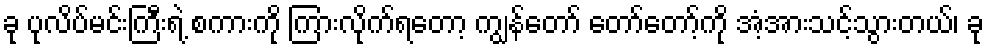
ခု ပုလိပ်မင်းကြီးရဲ့ စကားကို ကြားလိုက်ရတော့ ကျွန်တော် တော်တော့်ကို အံ့အားသင့်သွားတယ်၊ ခု